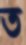
ত